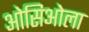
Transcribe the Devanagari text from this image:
ओसिओला